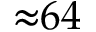
{ \approx } 6 4